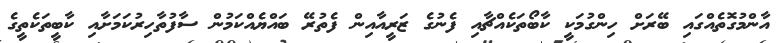
އާންމުގޮތެއްގައި ބޭރަށް ހިންގުމަކީ ކާބޯތަކެއްޗާއި ފެނުގެ ޒަރީއާއިން ފެތުރޭ ބައްޔެއްކަމުން ސާފުތާހިރުކަމަށާއި ކާބީތަކެތީގެ